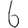
Digit: 6